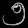
Digit: ၅